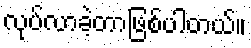
လုပ်လာခဲ့တာဖြစ်ပါတယ်။